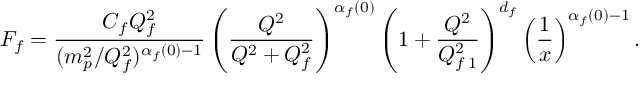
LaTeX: F _ { f } = \frac { C _ { f } Q _ { f } ^ { 2 } } { ( m _ { p } ^ { 2 } / Q _ { f } ^ { 2 } ) ^ { \alpha _ { f } ( 0 ) - 1 } } \left( \frac { Q ^ { 2 } } { Q ^ { 2 } + Q _ { f } ^ { 2 } } \right) ^ { \alpha _ { f } ( 0 ) } \left( 1 + \frac { Q ^ { 2 } } { Q _ { f \, 1 } ^ { 2 } } \right) ^ { d _ { f } } \left( \frac { 1 } { x } \right) ^ { \alpha _ { f } ( 0 ) - 1 } .